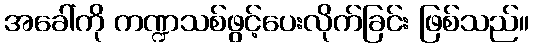
အခေါ်ကို ကဏ္ဍသစ်ဖွင့်ပေးလိုက်ခြင်း ဖြစ်သည်။